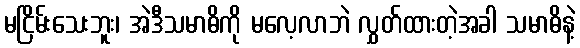
မငြိမ်းသေးဘူး၊ အဲဒီသမာဓိကို မလေ့လာဘဲ လွှတ်ထားတဲ့အခါ သမာဓိနဲ့